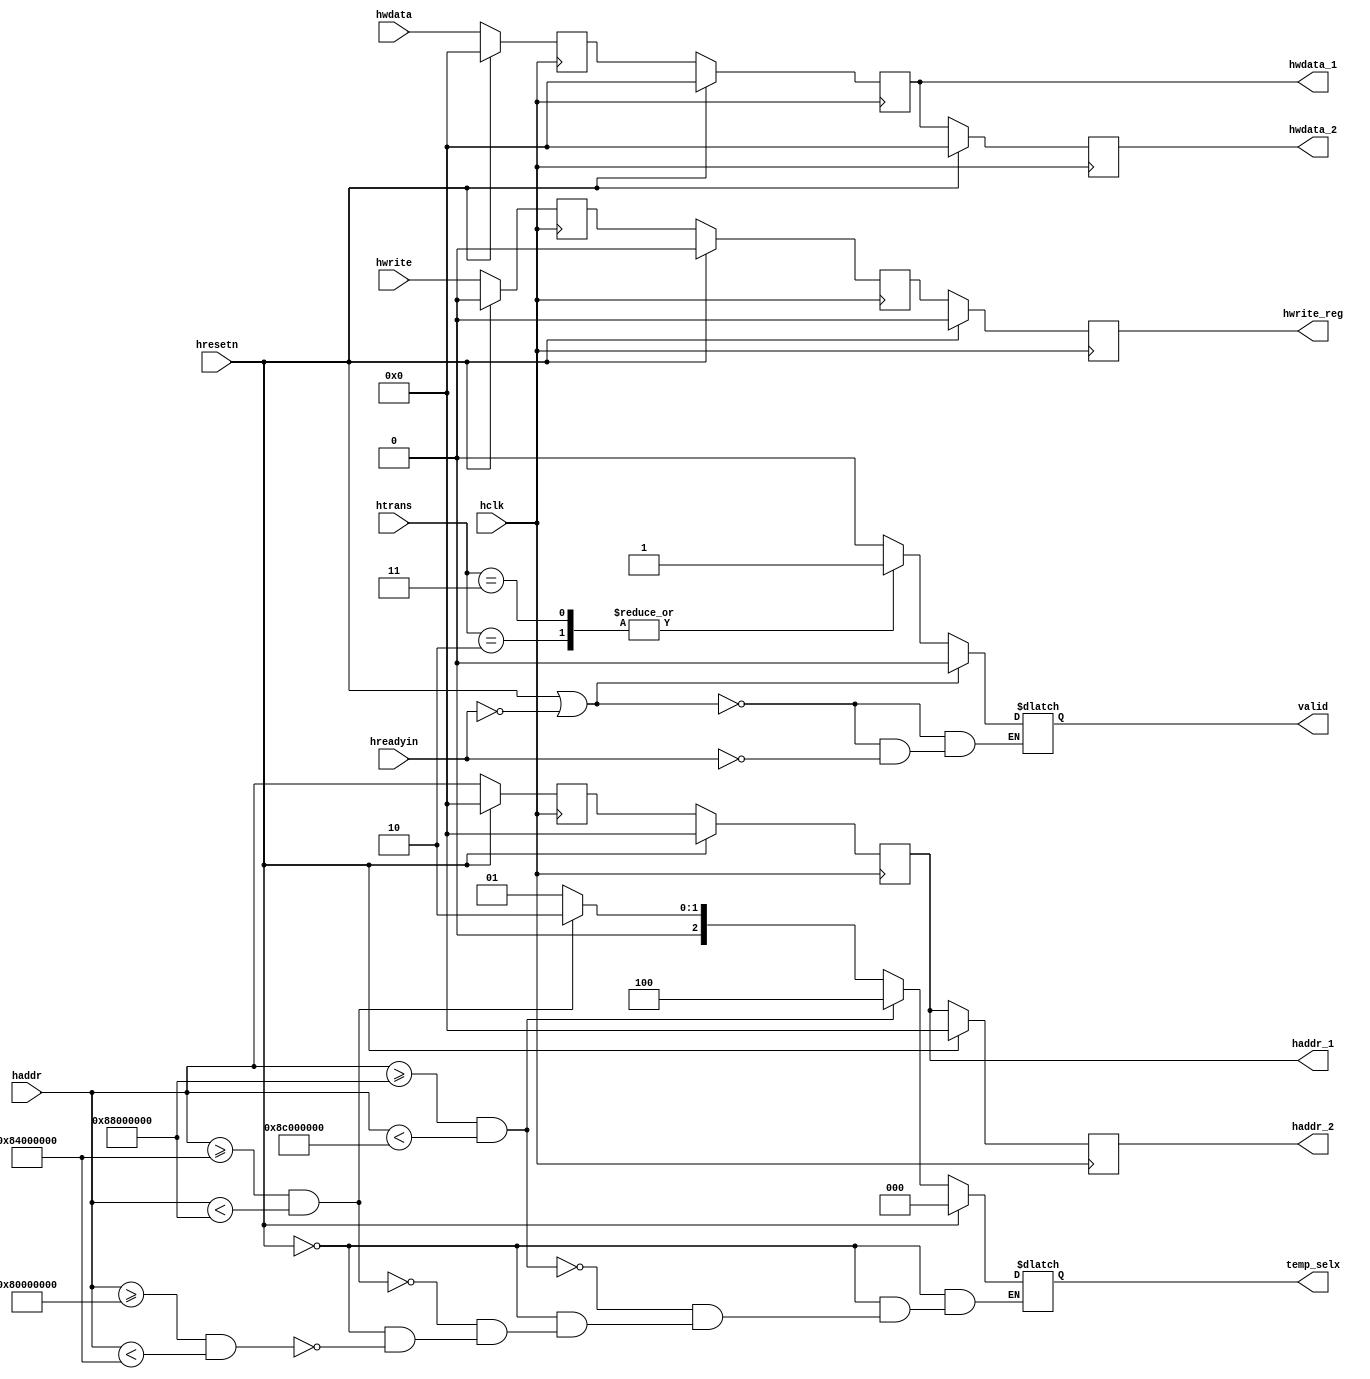
module ahb(input hclk,input hresetn,input hwrite,input hreadyin,input[31:0]hwdata,input[31:0]haddr,input[1:0]htrans,output reg  valid,output reg[31:0]haddr_1,output reg[31:0]haddr_2,output reg[31:0]hwdata_1,output reg[31:0]hwdata_2,output reg hwrite_reg,output reg[2:0] temp_selx);
  
  parameter idle=2'b00,
            busy=2'b01,
            non_seq=2'b10,
            seq=2'b11;
  
  reg[31:0] q1;
  reg[31:0] q2;
  reg q3,q4;
  
  always@(posedge hclk)
    begin
      if(hresetn)
        begin
          q1<=0;
          q2<=0;
          q3<=0;
        end
      else 
        begin
          q1<=haddr;
          q2<=hwdata;
          q3<=hwrite;
        end
    end
  
  always@(posedge hclk)
    begin
      if(hresetn)
        begin
          haddr_1<=0;
          hwdata_1<=0;
          q4<=0;
        end
      else 
        begin
          haddr_1<=q1;
          hwdata_1<=q2;
          q4<=q3;
        end
    end
  
  always@(posedge hclk)
    begin
      if(hresetn)
        begin
          haddr_2<=0;
          hwdata_2<=0;
          hwrite_reg<=0;
        end
      else 
        begin
          haddr_2<=haddr_1;
          hwdata_2<=hwdata_1;
          hwrite_reg<=q4;
        end
    end
  
  always@(htrans)
    begin
      if(hresetn || !hreadyin)
        begin
          valid=0;
        end
      else if(hreadyin)
        begin
          
      case(htrans)
        idle:    valid=0;
        busy:    valid=0;
        non_seq: valid=1;
        seq:     valid=1;
        default: valid=1'b0;
      endcase
        end
    end
	 
  always@(haddr)
    begin
      if(hresetn)
        begin
          temp_selx=3'd0;
        end
      else 
        begin
          if(haddr>=32'h80000000 && haddr<32'h84000000) temp_selx=3'd1;
          if(haddr>=32'h84000000 && haddr<32'h88000000) temp_selx=3'd2;
          if(haddr>=32'h88000000 && haddr<32'h8C000000) temp_selx=3'd4;
        end
    end
          
	 endmodule